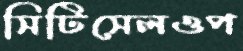
সিটিসেলওপ